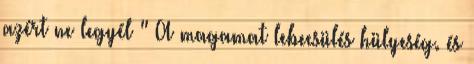
azért ne legyél " A magamat lebecsülés hülyeség. és